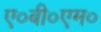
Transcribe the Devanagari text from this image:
ए०बी०एम०